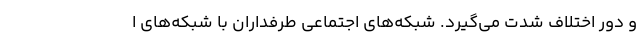
و دور اختلاف شدت می‌گیرد. شبکه‌های اجتماعی طرفداران با شبکه‌های ا